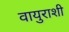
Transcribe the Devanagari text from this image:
वायुराशी